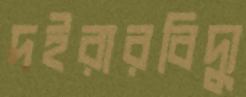
দইরারবিদ্যু